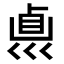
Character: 𠨀